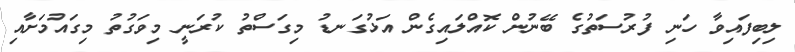
ލިބިފައިވާ ހަނި ފުރުސަތުގެ ބޭނުން ކޮއްލައިގެން އަޅުގަނޑު މިގަސްތު ކުރަނީ މިވަގުތު މިގައުމަށާއި